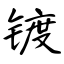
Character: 镀